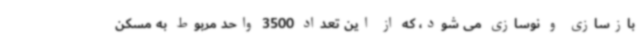
بازسازی و نوسازی می شود، که از این تعداد 3500 واحد مربوط به مسکن